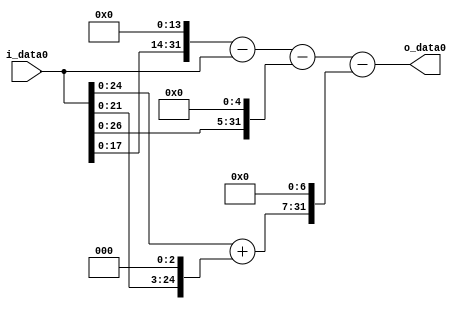
module multiplier_block_118 (
    i_data0,
    o_data0
);
  input   [31:0] i_data0;
  output  [31:0]
    o_data0;
  wire [31:0]
    w1,
    w16384,
    w16383,
    w32,
    w16351,
    w8,
    w9,
    w1152,
    w15199;
  assign w1 = i_data0;
  assign w1152 = w9 << 7;
  assign w15199 = w16351 - w1152;
  assign w16351 = w16383 - w32;
  assign w16383 = w16384 - w1;
  assign w16384 = w1 << 14;
  assign w32 = w1 << 5;
  assign w8 = w1 << 3;
  assign w9 = w1 + w8;
  assign o_data0 = w15199;
endmodule